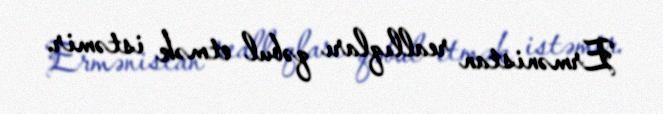
Ermənistan reallıqları qəbul etmək istəmir.